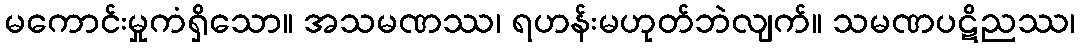
မကောင်းမှုကံရှိသော။ အသမဏဿ၊ ရဟန်းမဟုတ်ဘဲလျက်။ သမဏပဋိညဿ၊